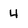
Character: 4